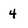
Character: 4